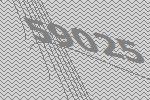
59025